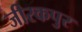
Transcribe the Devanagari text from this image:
जीरकपुर